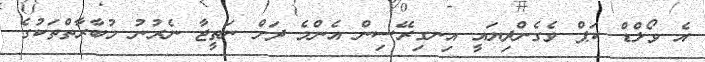
އެ ވޯލްޑް ކަޕް ވެގެންދިޔައީ އިނގިރޭސިން އެންމެ ދަށް ނަތީޖާ ނެރުނު މުބާރާތްތަކުގެ